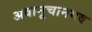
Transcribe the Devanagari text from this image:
अवानूचानमव